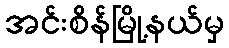
အင်းစိန်မြို့နယ်မှ